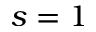
s = 1